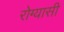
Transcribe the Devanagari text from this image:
रोग्यासी